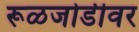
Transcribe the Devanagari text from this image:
रूळजोडीवर